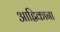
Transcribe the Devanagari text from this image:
आह्निकाना